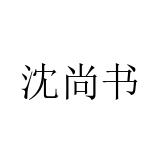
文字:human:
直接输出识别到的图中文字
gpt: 沈尚书